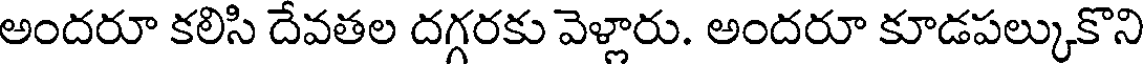
అందరూ కలిసి దేవతల దగ్గరకు వెళ్లారు. అందరూ కూడపల్కుకొని